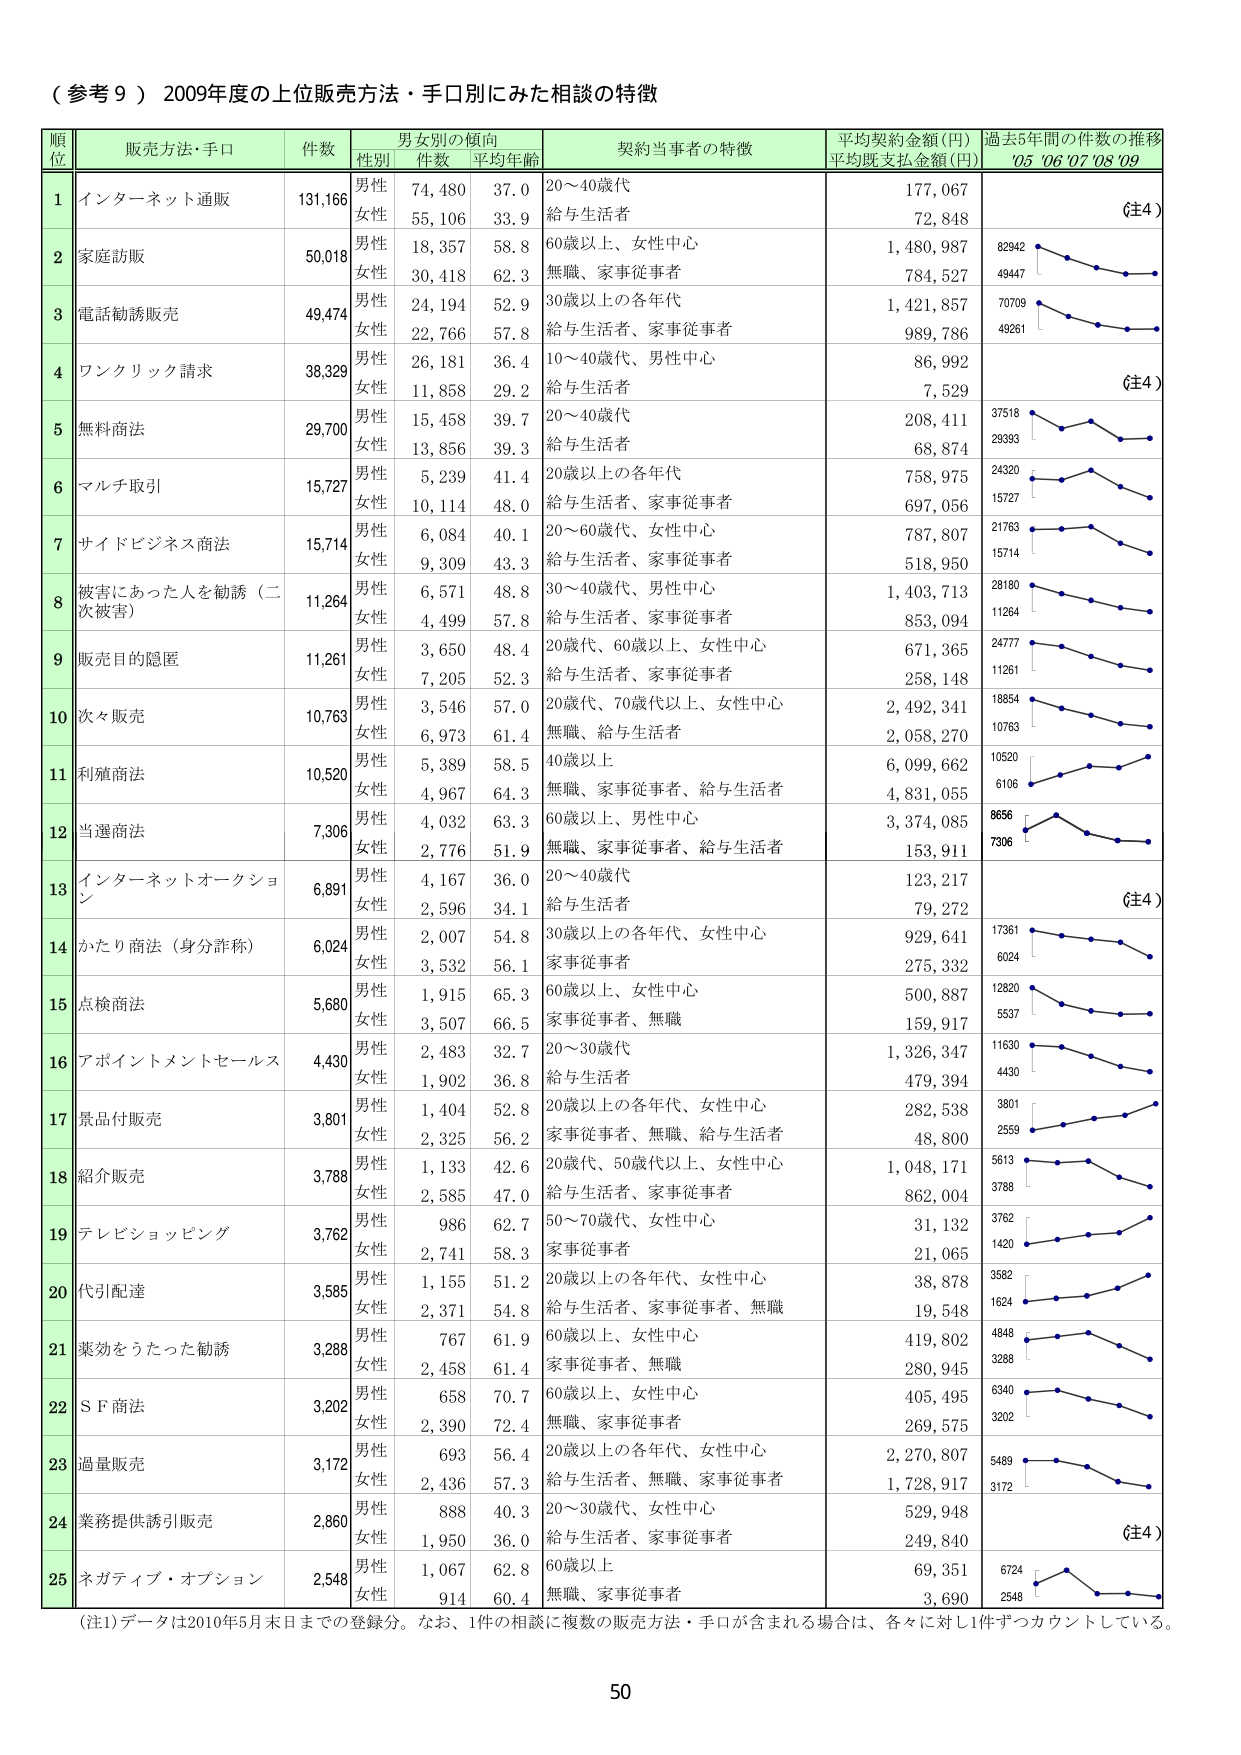
（参考９）2009年度の上位販売方法・手口別にみた相談の特徴

順位 販売方法・手口 件数 男女別の傾向 契約当事者の特徴 平均契約金額(円) 過去5年間の件数の推移